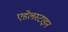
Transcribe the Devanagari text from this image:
एडेलस्टाइन